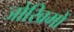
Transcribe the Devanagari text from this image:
जोखिमों